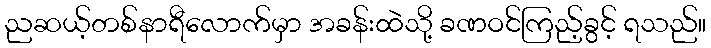
ညဆယ့်တစ်နာရီလောက်မှာ အခန်းထဲသို့ ခဏဝင်ကြည့်ခွင့် ရသည်။